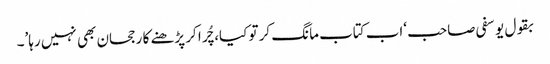
بقول یوسفی صاحب ‘اب کتاب مانگ کر تو کیا، چُرا کر پڑھنے کا رجحان بھی نہیں رہا’۔